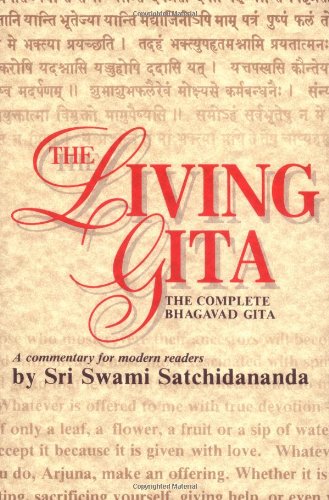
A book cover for The Living Gita: The Complete Bhagavad Gita - A Commentary for Modern Readers; Sri Swami Satchidananda; Religion & Spirituality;